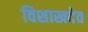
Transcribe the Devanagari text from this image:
विशाखदेव